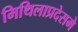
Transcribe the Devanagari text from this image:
मिथिलाप्रदेसमे